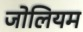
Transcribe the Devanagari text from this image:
जोलियम